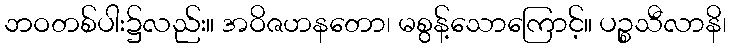
ဘဝတစ်ပါး၌လည်း။ အဝိဇဟနတော၊ မစွန့်သောကြောင့်။ ပဉ္စသီလာနိ၊